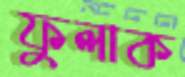
ফুলাক